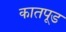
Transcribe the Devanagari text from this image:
कातपूड